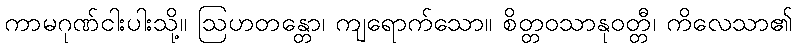
ကာမဂုဏ်ငါးပါးသို့။ ဩဟတန္တော၊ ကျရောက်သော။ စိတ္တဝသာနုဝတ္တီ၊ ကိလေသာ၏